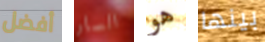
أفضل السار هو بينها